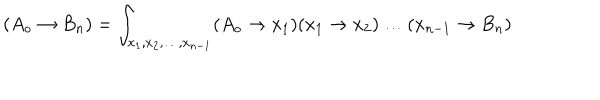
( A _ { o } \rightarrow B _ { n } ) = \int _ { x _ { 1 } , x _ { 2 } , \dots , x _ { n - 1 } } ( A _ { o } \rightarrow x _ { 1 } ) ( x _ { 1 } \rightarrow x _ { 2 } ) \dots ( x _ { n - 1 } \rightarrow B _ { n } )